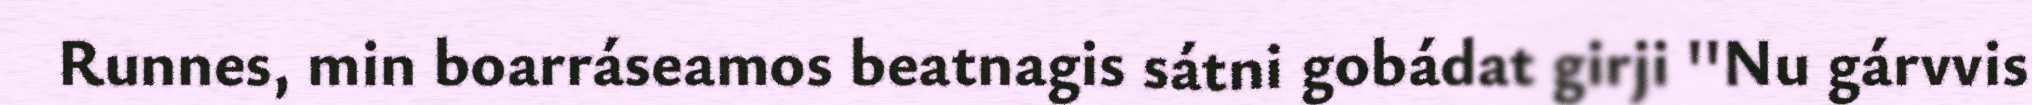
Runnes, min boarráseamos beatnagis sátni gobádat girji ''Nu gárvvis